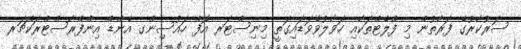
ސަރުކާރުގެ ފަރާތުން މި ފްލެޓްތަކާއި ހަވާލުވެވަޑައިގަތީ މިނިސްޓަރ އޮފް ހައުސިންގ އެންޑް އިންފްރާސްޓްރަކްޗަރ